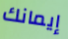
إيمانك